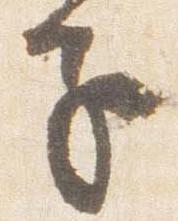
子